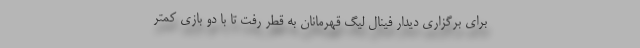
برای برگزاری دیدار فینال لیگ قهرمانان به قطر رفت تا با دو بازی کمتر